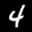
Label: 4